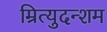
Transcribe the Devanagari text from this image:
म्रित्युदन्शम